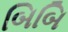
બિબિ